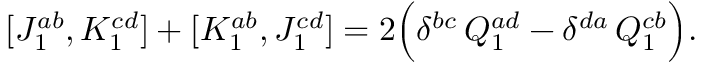
[ J _ { 1 } ^ { a b } , K _ { 1 } ^ { c d } ] + [ K _ { 1 } ^ { a b } , J _ { 1 } ^ { c d } ] = 2 \Bigl ( \delta ^ { b c } \, Q _ { 1 } ^ { a d } - \delta ^ { d a } \, Q _ { 1 } ^ { c b } \Bigr ) .